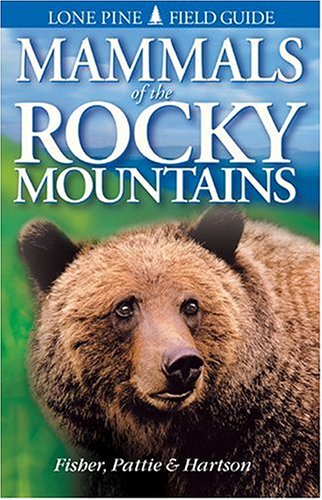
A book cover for Mammals of the Rocky Mountains (Lone Pine Field Guides); Don Pattie; Travel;